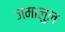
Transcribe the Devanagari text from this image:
जमालुल